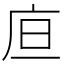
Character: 㡺